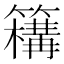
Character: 𥵡